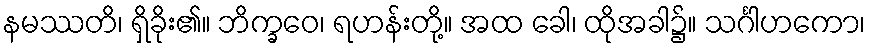
နမဿတိ၊ ရှိခိုး၏။ ဘိက္ခဝေ၊ ရဟန်းတို့။ အထ ခေါ၊ ထိုအခါ၌။ သင်္ဂါဟကော၊